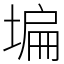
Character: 𡎚